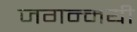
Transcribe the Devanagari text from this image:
जगन्मयी